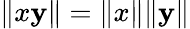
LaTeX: \| x\mathbf{y}\| =\| x\| \| \mathbf{y}\|